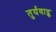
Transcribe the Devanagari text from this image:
तुर्यवाद्क